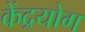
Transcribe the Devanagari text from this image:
केंद्रयोग